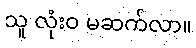
သူ လုံးဝ မဆက်လာ။